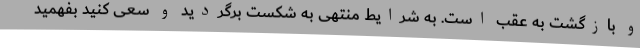
و بازگشت به عقب است. به شرایط منتهی به شکست برگردید و سعی کنید بفهمید